Lunatic asylums in Bengal annual reports 1912-1924 - 1912-1924
Year: 1912
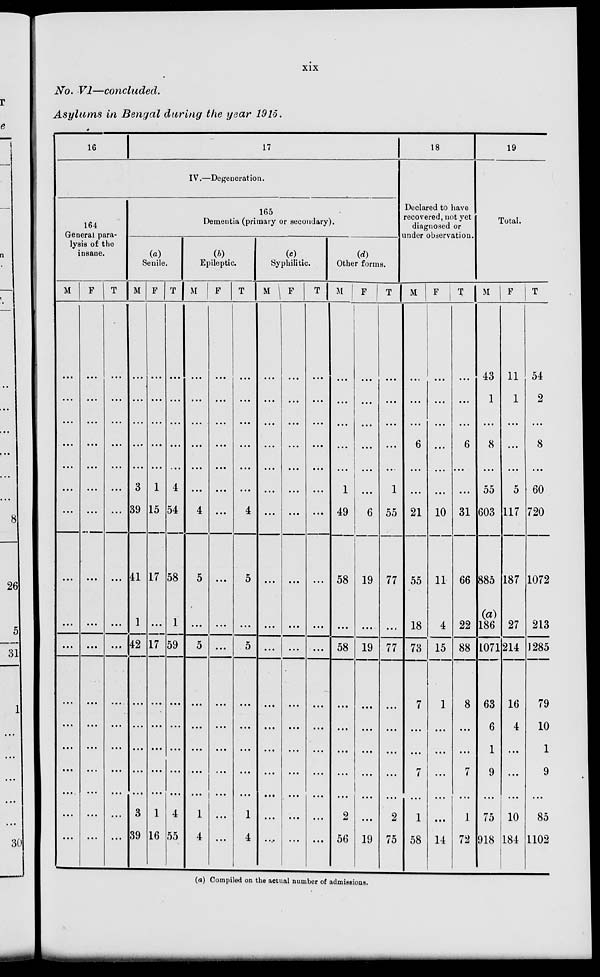
xix
No. VI—concluded.
Asylums in Bengal during the year 1915.
16
17
IV.—Degeneration.
164
General para-
lysis of the
insane.
M
...
...
...
...
...
...
...
...
...
...
...
...
...
...
...
...
...
F
...
...
...
...
...
...
...
...
...
...
...
...
...
...
...
...
...
T
...
...
...
...
...
...
...
...
...
...
...
...
...
...
...
...
...
165
Dementia (primary or secondary).
(a)
Senile.
M
...
...
...
...
...
3
39
41
1
42
...
...
...
...
...
3
39
F
...
...
...
...
...
1
15
17
...
17
...
...
...
...
...
1
16
T
...
...
...
...
...
4
54
58
1
59
...
...
...
...
...
4
55
(b)
Epileptic.
M
...
...
...
...
...
...
4
5
...
5
...
...
...
...
...
1
4
F
...
...
...
...
...
...
...
...
...
...
...
...
...
...
...
...
...
T
...
...
...
...
...
...
4
5
...
5
...
...
...
...
...
1
4
(c)
Syphilitic.
M
...
...
...
...
...
...
...
...
...
...
...
...
...
...
...
...
...
F
...
...
...
...
...
...
...
...
...
...
...
...
...
...
...
...
...
T
...
...
...
...
...
...
...
...
...
...
...
...
...
...
...
...
...
(d)
Other forms.
M
...
...
...
...
...
1
49
58
...
58
...
...
...
...
...
2
56
F
...
...
...
...
...
...
6
19
...
19
...
...
...
...
...
...
19
T
...
...
...
...
...
1
55
77
...
77
...
...
...
...
...
2
75
18
Declared to have
recovered, not yet
diagnosed or
under observation.
M
...
...
...
6
...
...
21
55
18
73
7
...
...
7
...
1
58
F
...
...
...
...
...
...
10
11
4
15
1
...
...
...
...
...
14
T
...
...
...
6
...
...
31
66
22
88
8
...
...
7
...
1
72
19
Total.
M
43
1
...
8
...
55
603
885
(a)
186
1071
63
6
1
9
...
75
918
F
11
1
...
...
...
5
117
187
27
214
16
4
...
...
...
10
184
T
54
2
...
8
...
60
720
1072
213
1285
79
10
1
9
...
85
1102
(a) Compiled on the actual number of admissions.